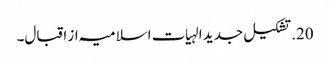
20. تشکیل جدید الہیات اسلامیہ از اقبال۔